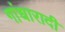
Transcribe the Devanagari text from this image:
गांधारादी